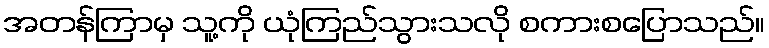
အတန်ကြာမှ သူ့ကို ယုံကြည်သွားသလို စကားစပြောသည်။